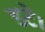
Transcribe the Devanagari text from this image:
डटे।